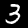
Digit: 3